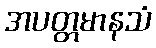
အပတ္တမာနသံ